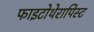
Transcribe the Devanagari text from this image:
फाइटोथेरापिस्ट